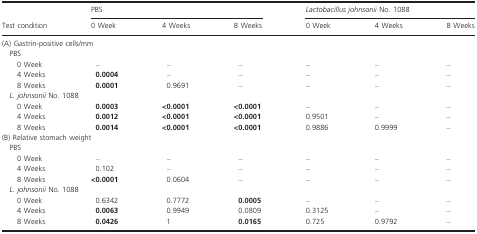
<table><thead><tr><td rowspan="2"><b>Test condition</b></td><td colspan="3"><b>PBS</b></td><td colspan="3"><b><i>Lactobacillus johnsonii</i> No. 1088</b></td></tr><tr><td><b>0 Week</b></td><td><b>4 Weeks</b></td><td><b>8 Weeks</b></td><td><b>0 Week</b></td><td><b>4 Weeks</b></td><td><b>8 Weeks</b></td></tr></thead><tbody><tr><td colspan="7">(A) Gastrin-positive cells/mm</td></tr><tr><td colspan="7"> PBS</td></tr><tr><td>0 Week</td><td>–</td><td>–</td><td>–</td><td>–</td><td>–</td><td>–</td></tr><tr><td>4 Weeks</td><td><b>0.0004</b></td><td>–</td><td>–</td><td>–</td><td>–</td><td>–</td></tr><tr><td>8 Weeks</td><td><b>0.0001</b></td><td>0.9691</td><td>–</td><td>–</td><td>–</td><td>–</td></tr><tr><td colspan="7"> <i>L. johnsonii</i> No. 1088</td></tr><tr><td>0 Week</td><td><b>0.0003</b></td><td><b>&lt;0.0001</b></td><td><b>&lt;0.0001</b></td><td>–</td><td>–</td><td>–</td></tr><tr><td>4 Weeks</td><td><b>0.0012</b></td><td><b>&lt;0.0001</b></td><td><b>&lt;0.0001</b></td><td>0.9501</td><td>–</td><td>–</td></tr><tr><td>8 Weeks</td><td><b>0.0014</b></td><td><b>&lt;0.0001</b></td><td><b>&lt;0.0001</b></td><td>0.9886</td><td>0.9999</td><td>–</td></tr><tr><td colspan="7">(B) Relative stomach weight</td></tr><tr><td colspan="7"> PBS</td></tr><tr><td>0 Week</td><td>–</td><td>–</td><td>–</td><td>–</td><td>–</td><td>–</td></tr><tr><td>4 Weeks</td><td>0.102</td><td>–</td><td>–</td><td>–</td><td>–</td><td>–</td></tr><tr><td>8 Weeks</td><td><b>&lt;0.0001</b></td><td>0.0604</td><td>–</td><td>–</td><td>–</td><td>–</td></tr><tr><td colspan="7"> <i>L. johnsonii</i> No. 1088</td></tr><tr><td>0 Week</td><td>0.6342</td><td>0.7772</td><td><b>0.0005</b></td><td>–</td><td>–</td><td>–</td></tr><tr><td>4 Weeks</td><td><b>0.0063</b></td><td>0.9949</td><td>0.0809</td><td>0.3125</td><td>–</td><td>–</td></tr><tr><td>8 Weeks</td><td><b>0.0426</b></td><td>1</td><td><b>0.0165</b></td><td>0.725</td><td>0.9792</td><td>–</td></tr></tbody></table>